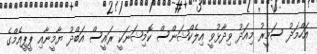
އަހްމަދު ސަމީރު މިއަދު ވިދާޅުވީ އިލެކްޝަންސް ކޮމިޝަނަކީ ރައީސް އަބްދު ޔާމީނާއި ޕީޕީއެމްގެ